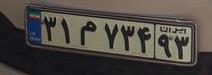
۳۱م۷۳۴۹۳